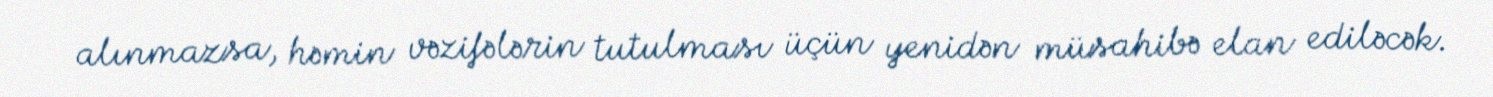
alınmazsa, həmin vəzifələrin tutulması üçün yenidən müsahibə elan ediləcək.